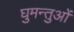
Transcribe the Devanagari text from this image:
घुमन्तुओं